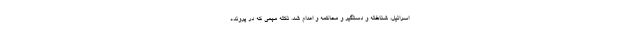
اسرائیل، شناخته و دستگیر و محاکمه و اعدام شد. نکته مهمی که در پرونده